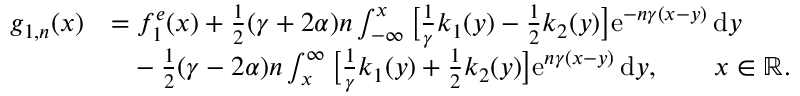
\begin{array} { r l } { g _ { 1 , n } ( x ) } & { = f _ { 1 } ^ { e } ( x ) + { \textstyle \frac 1 2 } ( \gamma + 2 \alpha ) n \int _ { - \infty } ^ { x } \big [ \textstyle { \frac 1 \gamma } k _ { 1 } ( y ) - { \textstyle \frac 1 2 } k _ { 2 } ( y ) \big ] \mathrm { e } ^ { - n \gamma ( x - y ) } \, \mathrm { d } y } \\ & { \phantom { = } - { \textstyle \frac 1 2 } ( \gamma - 2 \alpha ) n \int _ { x } ^ { \infty } \big [ \textstyle { \frac 1 \gamma } k _ { 1 } ( y ) + { \textstyle \frac 1 2 } k _ { 2 } ( y ) \big ] \mathrm { e } ^ { n \gamma ( x - y ) } \, \mathrm { d } y , \qquad x \in \mathbb { R } . } \end{array}